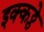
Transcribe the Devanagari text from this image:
इक्कठ्ठे